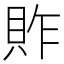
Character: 䝫